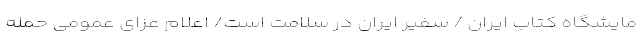
مایشگاه کتاب ایران / سفیر ایران در سلامت است/ اعلام عزای عمومی حمله